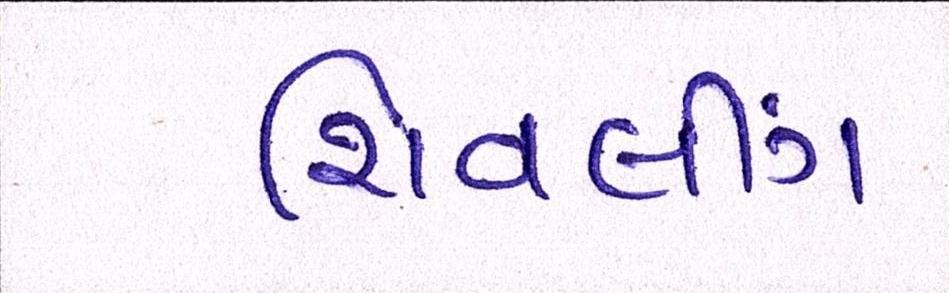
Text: શિવલીંગ